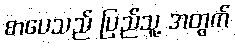
စာပေသည် ပြည်သူ့ အတွက်